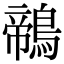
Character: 鶙